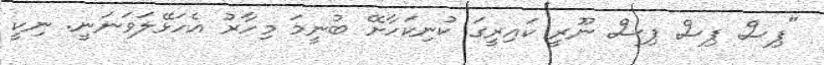
"ޕިސް ޕިސް ޕިސް ނޫރީ ކައިރީގަ ކުނިކަހާށޭ ބުނީމަ މިހާރު އެހަޅޭލަވަނަނީ. ނިކީ